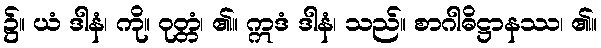
၌။ ယံ ဒါနံ၊ ကို။ ဝုတ္တံ၊ ၏။ ဣဒံ ဒါနံ၊ သည်။ စာဂါဓိဋ္ဌာနဿ၊ ၏။